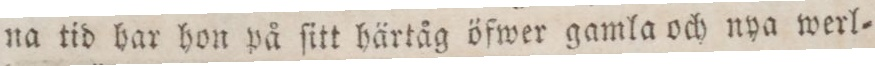
na tid har hon på ſitt härtåg öfwer gamla och nya werl=